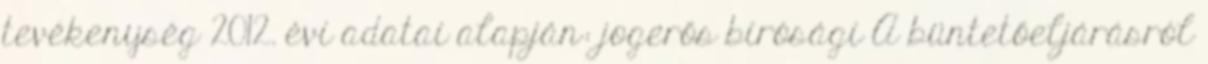
tevékenység 2012. évi adatai alapján: jogerős bírósági A büntetőeljárásról